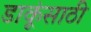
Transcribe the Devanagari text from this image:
डाकूंसाठी